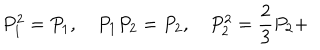
P _ { 1 } ^ { 2 } = P _ { 1 } , \quad P _ { 1 } P _ { 2 } = P _ { 2 } , \quad P _ { 2 } ^ { 2 } = \frac { 2 } { 3 } P _ { 2 } +